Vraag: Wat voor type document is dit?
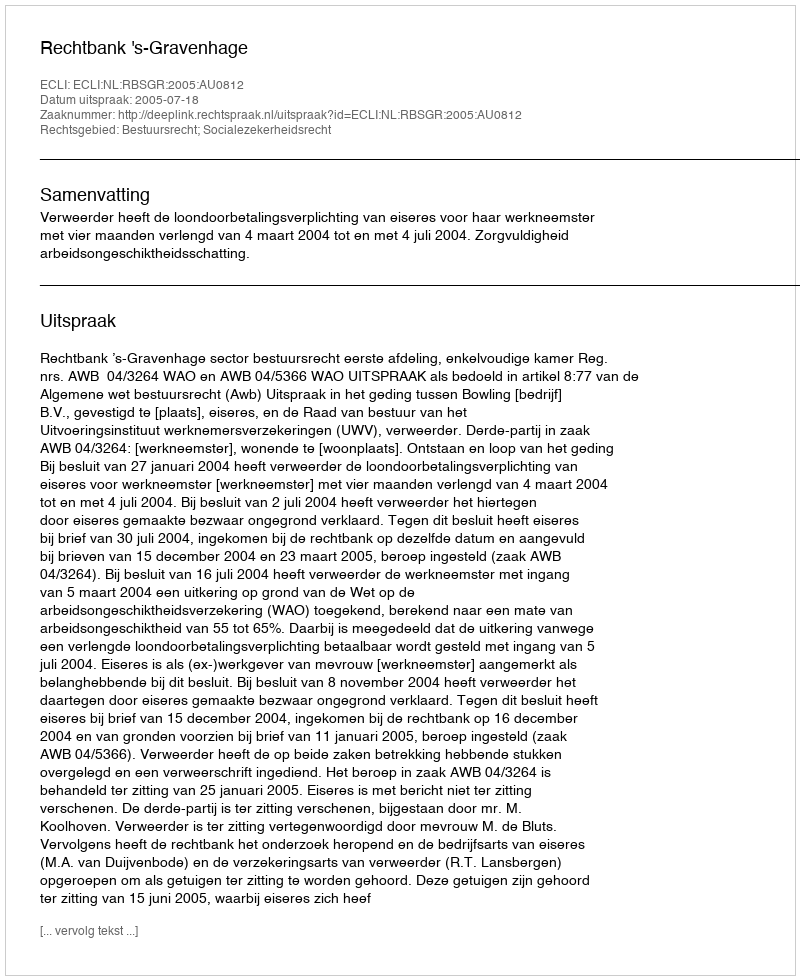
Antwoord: Uitspraak